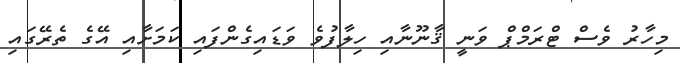
މިހާރު ވެސް ޓްރަމްޕް ވަނީ ޤާނޫނާއި ހިލާފުވެ ވަޑައިގެންފައި ކަމަށާއި އޭގެ ތެރޭގައި